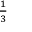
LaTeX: \begin{array} { l } { { \frac { 1 } { 3 } } } \end{array}